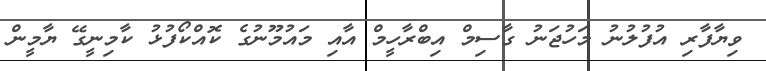
ވިޔާފާރި އުފުލުނު މަހުޖަނު ގާސިމް އިބްރާހީމް އާއި މައުމޫނުގެ ކޮއްކޯފުޅު ކާމިނީގޭ ޔާމީން